Cholera in southern India
Disease focus: Cholera
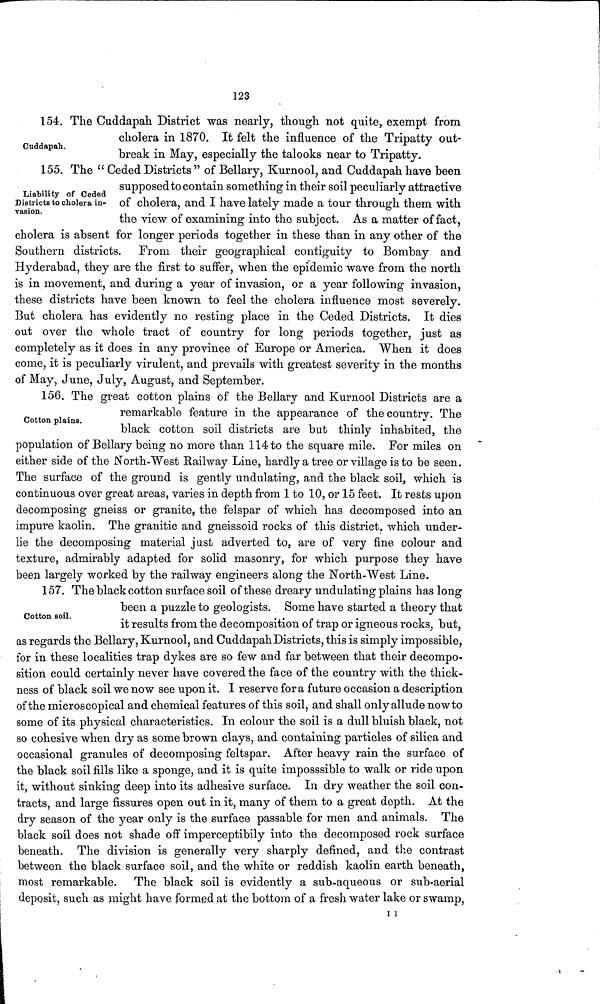
123
Cuddapah.
154. The Cuddapah District was nearly, though not quite, exempt from
cholera in 1870. It felt the influence of the Tripatty out-
break in May, especially the talooks near to Tripatty.
Liability of Ceded
Districts to cholera in-
vasion.
155. The " Ceded Districts " of Bellary, Kurnool, and Cuddapah have been
supposed to contain something in their soil peculiarly attractive
of cholera, and I have lately made a tour through them with
the view of examining into the subject. As a matter of fact,
cholera is absent for longer periods together in these than in any other of the
Southern districts. From their geographical contiguity to Bombay and
Hyderabad, they are the first to suffer, when the epidemic wave from the north
is in movement, and during a year of invasion, or a year following invasion,
these districts have been known to feel the cholera influence most severely.
But cholera has evidently no resting place in the Ceded Districts. It dies
out over the whole tract of country for long periods together, just as
completely as it does in any province of Europe or America. When it does
come, it is peculiarly virulent, and prevails with greatest severity in the months
of May, June, July, August, and September.
Cotton plains.
156. The great cotton plains of the Bellary and Kurnool Districts are a
remarkable feature in the appearance of the country. The
black cotton soil districts are but thinly inhabited, the
population of Bellary being no more than 114 to the square mile. For miles on
either side of the North-West Railway Line, hardly a tree or village is to be seen.
The surface of the ground is gently undulating, and the black soil, which is
continuous over great areas, varies in depth from 1 to 10, or 15 feet. It rests upon
decomposing gneiss or granite, the felspar of which has decomposed into an
impure kaolin. The granitic and gneissoid rocks of this district, which under-
lie the decomposing material just adverted to, are of very fine colour and
texture, admirably adapted for solid masonry, for which purpose they have
been largely worked by the railway engineers along the North-West Line.
Cotton soil.
157. The black cotton surface soil of these dreary undulating plains has long
been a puzzle to geologists. Some have started a theory that
it results from the decomposition of trap or igneous rocks, but,
as regards the Bellary, Kurnool, and Cuddapah Districts, this is simply impossible,
for in these localities trap dykes are so few and far between that their decompo-
sition could certainly never have covered the face of the country with the thick-
ness of black soil we now see upon it. I reserve fora future occasion a description
of the microscopical and chemical features of this soil, and shall only allude nowto
some of its physical characteristics. In colour the soil is a dull bluish black, not
so cohesive when dry as some brown clays, and containing particles of silica and
occasional granules of decomposing feltspar. After heavy rain the surface of
the black soil fills like a sponge, and it is quite imposssible to walk or ride upon
it, without sinking deep into its adhesive surface. In dry weather the soil con-
tracts, and large fissures open out in it, many of them to a great depth. At the
dry season of the year only is the surface passable for men and animals. The
black soil does not shade off imperceptibily into the decomposed rock surface
beneath. The division is generally very sharply defined, and the contrast
between the black surface soil, and the white or reddish kaolin earth beneath,
most remarkable. The black soil is evidently a sub-aqueous or sub-aerial
deposit, such as might have formed at the bottom of a fresh water lake or swamp,
11